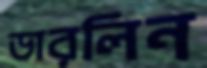
ডারলিন